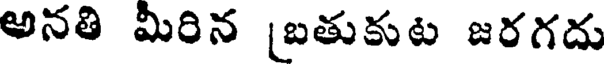
అనతి మీరిన [బతుకుట జరగదు